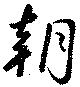
朝